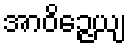
အာဝိဉ္ဇေယျ